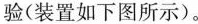
验（装置如下图所示）。